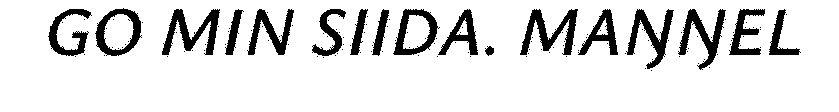
GO MIN SIIDA. MAŊŊEL